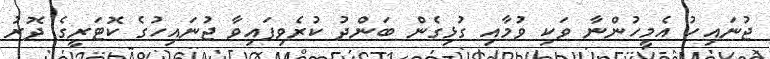
ޖުނައިހު އެމީހުންނާ ވަކި ވުމާއި ގުޅިގެން ބަންދު ކުރެވިފައިވާ ޖުނައިހުގެ ކޮޓަރީގެ ދޮރު